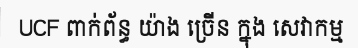
UCF ពាក់ព័ន្ធ យ៉ាង ច្រើន ក្នុង សេវាកម្ម